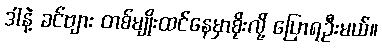
ဒါနဲ့ ခင်ဗျား တစ်မျိုးထင်နေမှာစိုးလို့ ပြောရဦးမယ်။